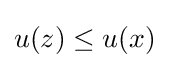
u(z)\leq u(x)